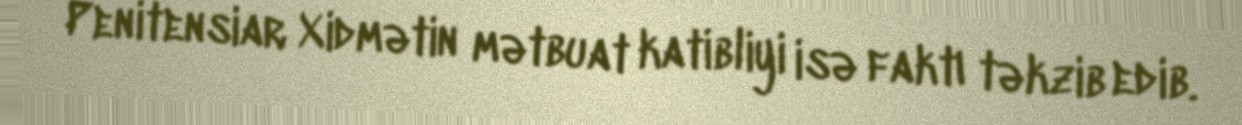
Penitensiar Xidmətin mətbuat katibliyi isə faktı təkzib edib.